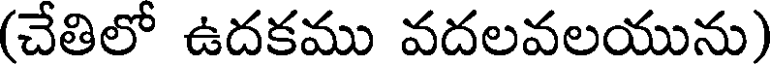
(చేతిలో ఉదకము వదలవలయును)